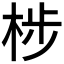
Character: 𮲳